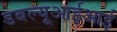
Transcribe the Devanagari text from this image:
डबल्यूआईआई